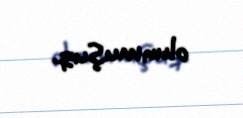
olunmuşuq.